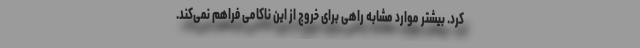
کرد. بیشتر موارد مشابه راهی برای خروج از این ناکامی فراهم نمی‌کند.